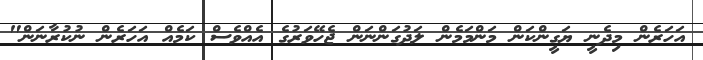
އަހަރެން މިދެނީ ޔަގީންކަން މަންމަމެން ލަދުގަންނަން ޖެހޭވަރުގެ އެއްވެސް ކަމެއް އަހަރެން ނުކުރާނަން"